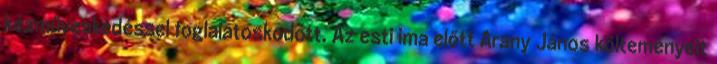
kézműveskedéssel foglalatoskodott. Az esti ima előtt Arany János költeményeit